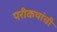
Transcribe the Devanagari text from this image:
परीकथांची